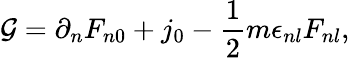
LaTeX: {\cal G}=\partial_{n}F_{n0}+j_{0}-\frac{1}{2}m\epsilon_{nl}F_{nl},